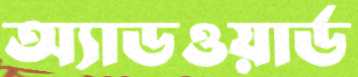
অ্যাডওয়ার্ড